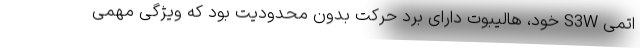
اتمی S3W خود، هالیبوت دارای برد حرکت بدون محدودیت بود که ویژگی مهمی